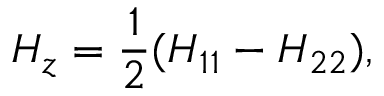
H _ { z } = \frac { 1 } { 2 } ( H _ { 1 1 } - H _ { 2 2 } ) ,